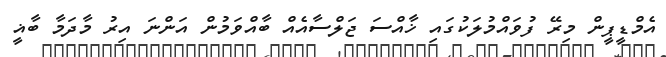
އެމްޑީޕީން މިރޭ ފުވައްމުލަކުގައި ޚާއްސަ ޖަލްސާއެއް ބާއްވަމުން އަންނަ އިރު މާދަމާ ބާޣީ